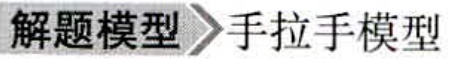
解题模型\rightarrow 手拉手模型